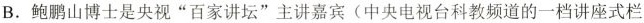
B. 鲍鹏山博士是央视“百家讲坛”主讲嘉宾(中央电视台科教频道的一档讲座式栏